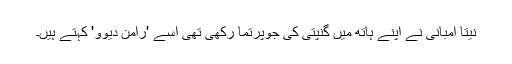
نیتا امبانی نے اپنے ہاتھ میں گنپتی کی جوپرتما رکھی تھی اسے 'رامن دیوو' کہتے ہیں۔